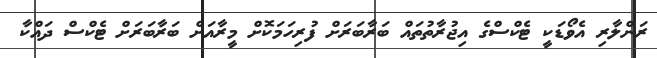
ރަންލާރި އެވޯޑަކީ ޓެކްސްގެ އިޖުރާތުތައް ބަރާބަރަށް ފުރިހަމަކޮށް މީރާއަށް ބަރާބަރަށް ޓެކްސް ދައްކާ